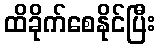
ထိခိုက်စေနိုင်ပြီး